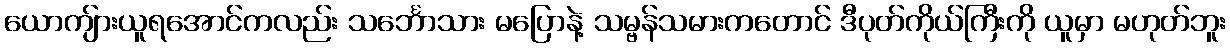
ယောကျ်ားယူရအောင်ကလည်း သင်္ဘောသား မပြောနဲ့ သမ္ဗန်သမားကတောင် ဒီပုတ်ကိုယ်ကြီးကို ယူမှာ မဟုတ်ဘူး